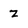
Character: Z